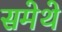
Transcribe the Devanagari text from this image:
समेथे